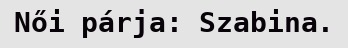
Női párja: Szabina.